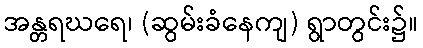
အန္တရဃရေ၊ (ဆွမ်းခံနေကျ) ရွာတွင်း၌။